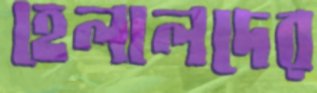
হেলালদের